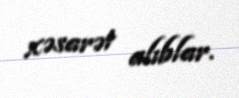
xəsarət alıblar.